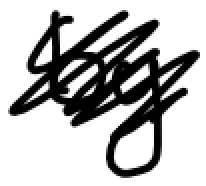
Text: by
Cross-out: scratch
Writing tool: digital_black